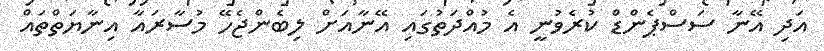
އަދި އޭނާ ސަސްޕެންޑް ކުރެވުނީ އެ މުއްދަތުގައި އޭނާއަށް ލިބެންޖެހޭ މުސާރައާ އިނާޔަތްތައް